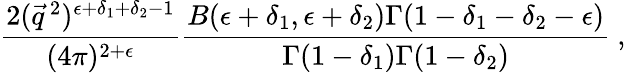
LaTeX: \frac{2(\vec{q}\, ^{2})^{\epsilon+\delta_{1}+\delta_{2}-1}}{(4\pi)^{2+\epsilon}}\frac{B(\epsilon+\delta_{1},\epsilon+\delta_{2})\Gamma(1-\delta_{1}-\delta_{2}-\epsilon)}{\Gamma(1-\delta_{1})\Gamma(1-\delta_{2})}~,